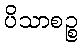
ပိသာစဉ္စ